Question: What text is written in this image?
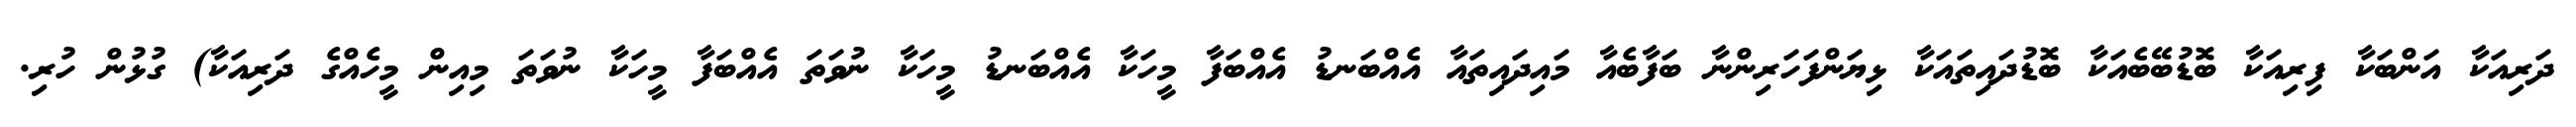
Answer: ދަރިއަކާ އަންބަކާ ފިރިއަކާ ބޮޑުބޭބެއަކާ ބޮޑުދައިތައަކާ ޅިޔަންފަހަރިންނާ ބަފާބެއާ މައިދައިތައާ އެއްބަނޑު އެއްބަފާ މީހަކާ އެއްބަނޑު މީހަކާ ނުވަތަ އެއްބަފާ މީހަކާ ނުވަތަ މިއިން މީހެއްގެ ދަރިއަކާ) ގުޅުން ހުރި.